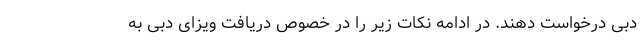
دبی درخواست دهند. در ادامه نکات زیر را در خصوص دریافت ویزای دبی به